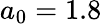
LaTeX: a_{0}=1.8